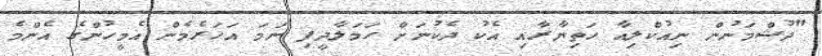
"ދުޝްމަނުން ނިއުކްލިއާ ހަތިޔާރާއި އެކު ދެކުނަށް ހަމަލާދީފި ނަމަ އަހަރެމެން އެމީހުންގެ އެންމެ